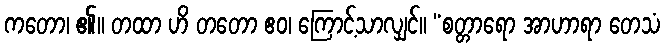
ကတော၊ ၏။ တထာ ဟိ တတော ဧဝ၊ ကြောင့်သာလျှင်။ “စတ္တာရော အာဟာရာ တေသံ